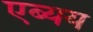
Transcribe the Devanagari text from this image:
एब्यय